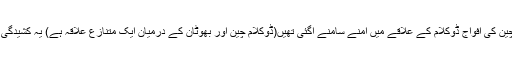
۲۰۱۷ء میں بھارت اور چین کی افواج ڈوکلام کے علاقے میں آمنے سامنے آگئی تھیں(ڈوکلام چین اور بھوٹان کے درمیان ایک متنازع علاقہ ہے) یہ کشیدگی کئی ماہ جاری رہی تھی۔